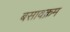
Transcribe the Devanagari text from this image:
बसावक्रम